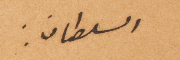
السلطان: